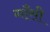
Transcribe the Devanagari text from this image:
गाँसी